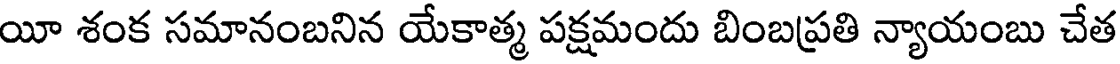
యీ శంక సమానంబనిన యేకాత్మ పక్షమందు బింబప్రతి న్యాయంబు చేత